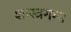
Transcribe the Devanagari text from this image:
शास्त्रगम्य